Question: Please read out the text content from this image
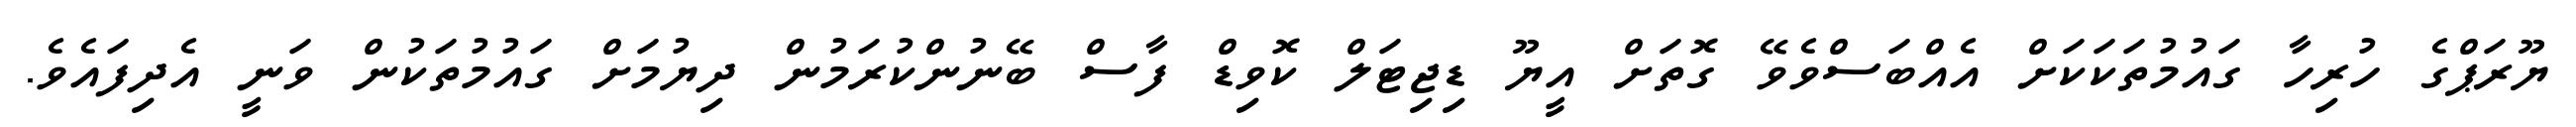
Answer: ޔޫރަޕްގެ ހުރިހާ ގައުމުތަކަކަށް އެއްބަސްވެވޭ ގޮތަށް އީޔޫ ޑިޖިޓަލް ކޮވިޑް ފާސް ބޭނުންކުރަމުން ދިޔުމަށް ގައުމުތަކުން ވަނީ އެދިފައެވެ.